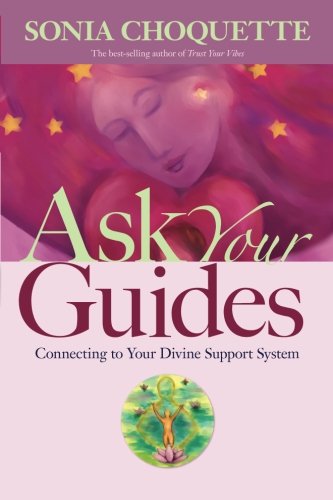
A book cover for Ask Your Guides: Connecting to Your Divine Support System; Sonia Choquette; Religion & Spirituality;